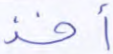
أخذ